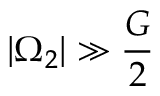
| \Omega _ { 2 } | \gg \frac { G } { 2 }